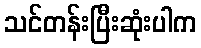
သင်တန်းပြီးဆုံးပါက